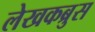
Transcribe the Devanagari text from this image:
लेखकब्रुस